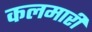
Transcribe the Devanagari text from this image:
कलमारी